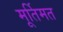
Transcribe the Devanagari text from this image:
मूर्तिमत